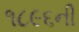
૧૮૯૬ની